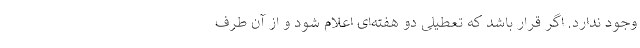
وجود ندارد. اگر قرار باشد که تعطیلی دو هفته‌ای اعلام شود و از آن طرف